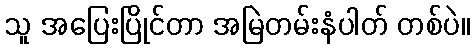
သူ အပြေးပြိုင်တာ အမြဲတမ်းနံပါတ် တစ်ပဲ။